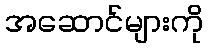
အဆောင်များကို